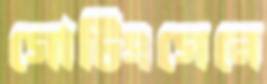
গোটিংগেনে